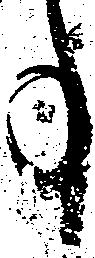
事